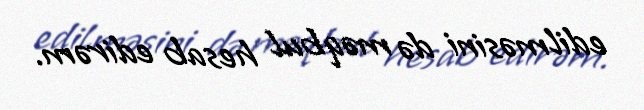
edilməsini də məqbul hesab edirəm.